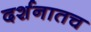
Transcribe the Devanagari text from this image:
दर्शनातच